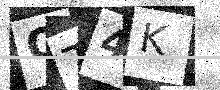
Text: OT4K